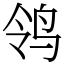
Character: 鸰